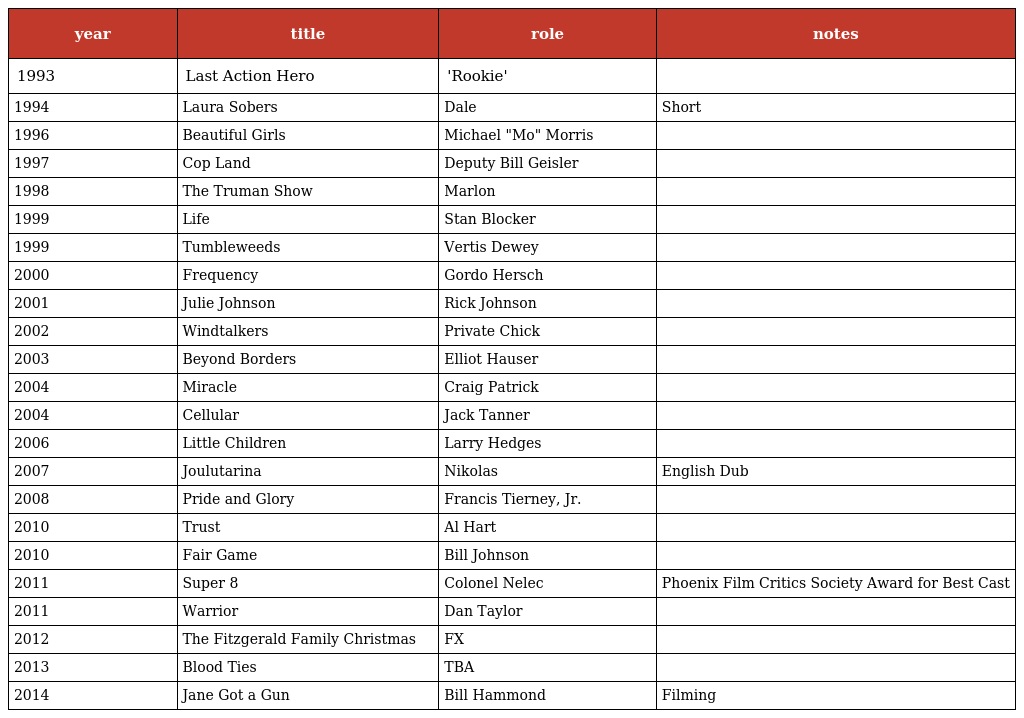
| year | title | role | notes |
 | --- | --- | --- | --- |
 | 1993 | Last Action Hero | 'Rookie' |  |
 | 1994 | Laura Sobers | Dale | Short |
 | 1996 | Beautiful Girls | Michael "Mo" Morris |  |
 | 1997 | Cop Land | Deputy Bill Geisler |  |
 | 1998 | The Truman Show | Marlon |  |
 | 1999 | Life | Stan Blocker |  |
 | 1999 | Tumbleweeds | Vertis Dewey |  |
 | 2000 | Frequency | Gordo Hersch |  |
 | 2001 | Julie Johnson | Rick Johnson |  |
 | 2002 | Windtalkers | Private Chick |  |
 | 2003 | Beyond Borders | Elliot Hauser |  |
 | 2004 | Miracle | Craig Patrick |  |
 | 2004 | Cellular | Jack Tanner |  |
 | 2006 | Little Children | Larry Hedges |  |
 | 2007 | Joulutarina | Nikolas | English Dub |
 | 2008 | Pride and Glory | Francis Tierney, Jr. |  |
 | 2010 | Trust | Al Hart |  |
 | 2010 | Fair Game | Bill Johnson |  |
 | 2011 | Super 8 | Colonel Nelec | Phoenix Film Critics Society Award for Best Cast |
 | 2011 | Warrior | Dan Taylor |  |
 | 2012 | The Fitzgerald Family Christmas | FX |  |
 | 2013 | Blood Ties | TBA |  |
 | 2014 | Jane Got a Gun | Bill Hammond | Filming |